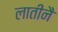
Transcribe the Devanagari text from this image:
लातीनै